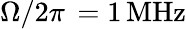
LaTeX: \Omega/2\pi\, =1\, \mathrm{MHz}